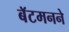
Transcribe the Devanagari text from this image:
बॅटमनने